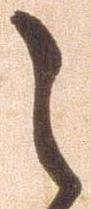
之